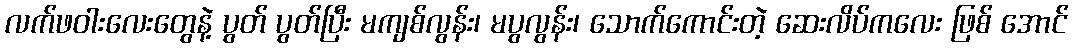
လက်ဖဝါးလေးတွေနဲ့ ပွတ် ပွတ်ပြီး မကျစ်လွန်း၊ မပွလွန်း၊ သောက်ကောင်းတဲ့ ဆေးလိပ်ကလေး ဖြစ် အောင်